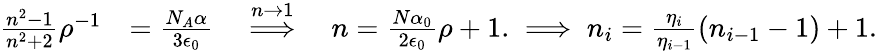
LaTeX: \begin{array}{rl}{\frac{n^{2}-1}{n^{2}+2}\rho^{-1}}&{=\frac{N_{A}\alpha}{3\epsilon_{0}}\quad\overset{n\to 1}{\Longrightarrow}\quad n=\frac{N\alpha_{0}}{2\epsilon_{0}}\rho+1.\implies n_{i}=\frac{\eta_{i}}{\eta_{i-1}}\left(n_{i-1}-1\right)+1.}\end{array}